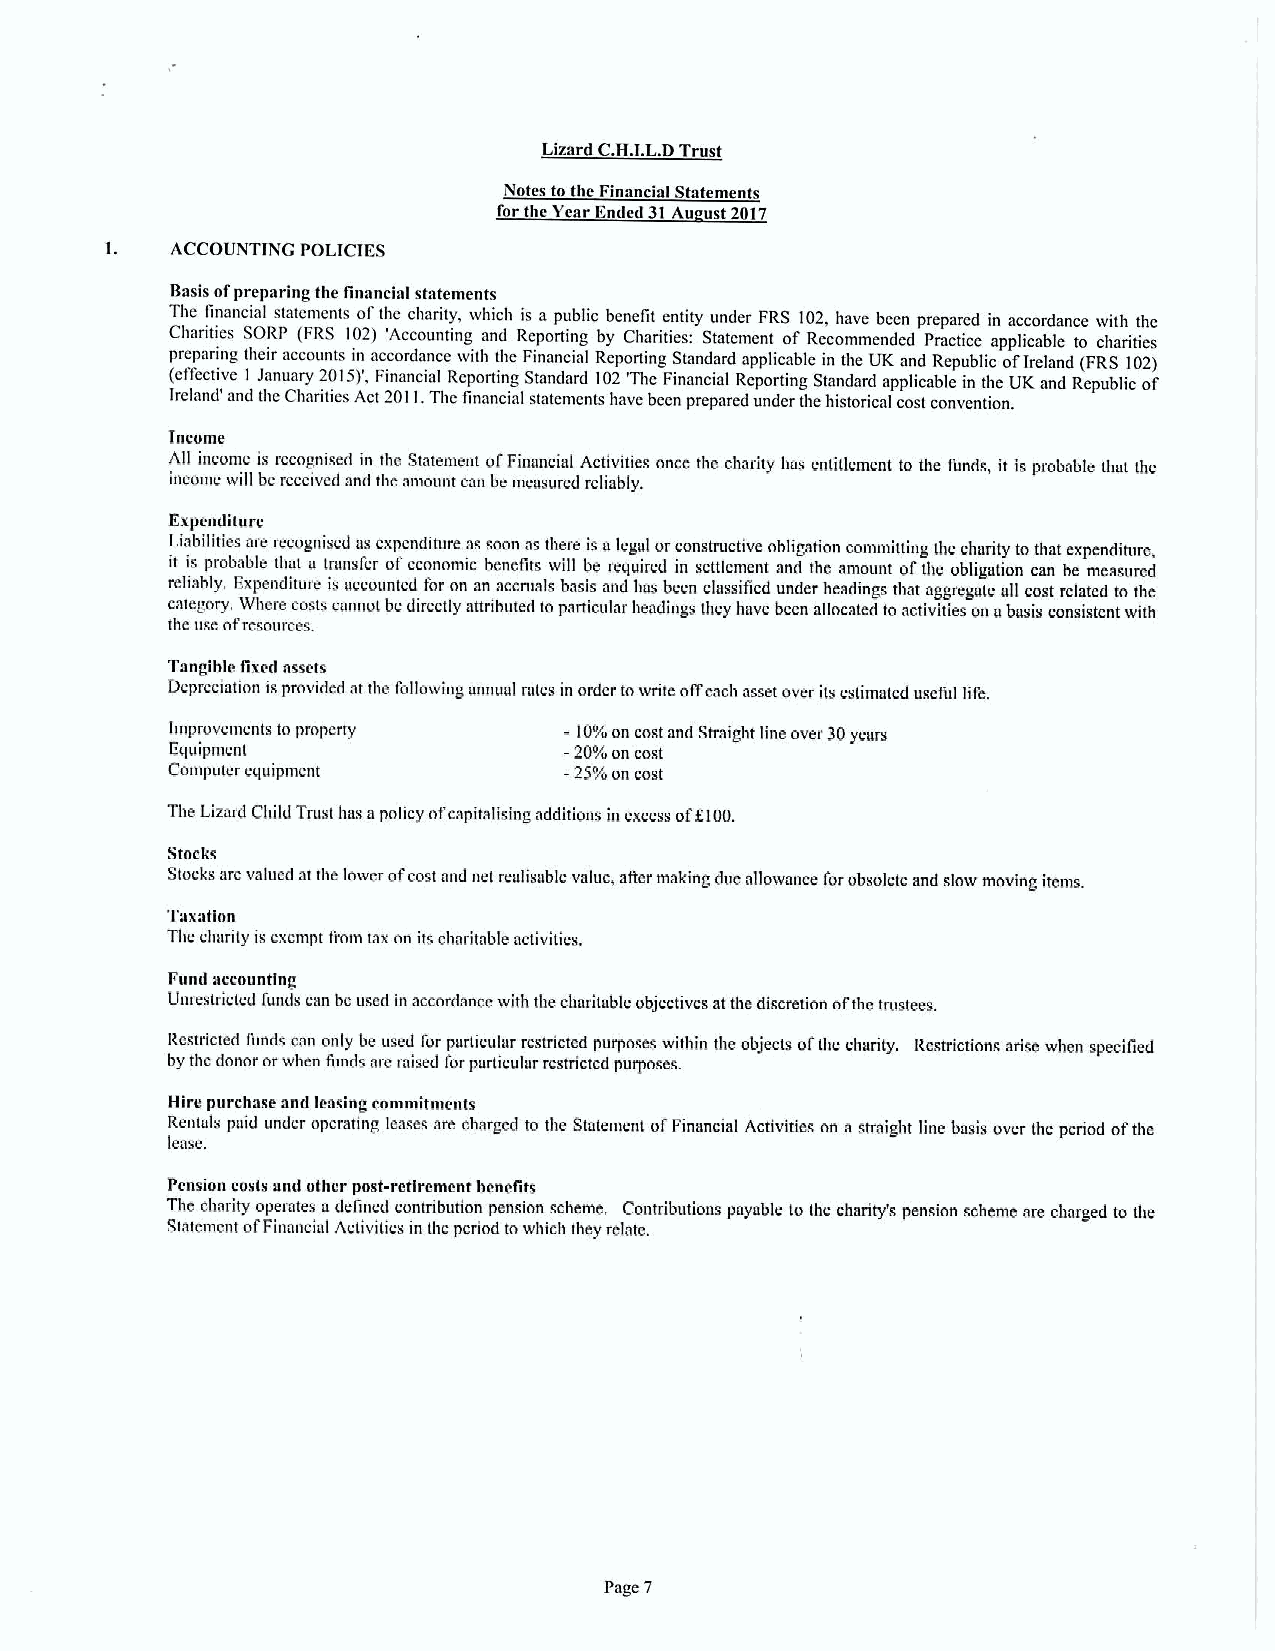
Lizard C.H.I.L.DTrust
 Notes tn the Financial Statements
 for the Year Bnded 31Au ust 2017
 ACCOUNTING POLICIES
 Basisofpreparing the financial statements
 The financial statements ofthe cliarity, which is a public benefit entity under FRS 102, have been prepared in accordance with thc
 Charities SORP (FRS 102) 'Accounting and Reporting by Charities; Statement of Recommended Practice applicable to charities
 preparing their accounts in accordance with die Financial Reporting Standard applicable in the UK and Republic ofIreland (FRS102)
 (effective 1 January 2015)', Financial Reporting Standard 102'Thc Financial Reporting Standard applicable in the UK and Republic of
 Ireland' and the Charities Act 2011.Thc financial statements have been prepared under the historical cast convention,
 Income
 All income is recognised in thc Statement ofFinancial Activities ance thc charity has entitlement to the funds, it is probable that the
 income will bereceived and thc amount can be measured reliably.
 Expenditure
 Liabilities are recognised as expenditure as soon as there is elegal orconstructive obligation committing the charity tothat expenditure,
 it is probable that a transier ofeconomic benefits will be required in settleinent and the amount ofthe obligation can be measured
 rehably. Expenditure is accounted for on an accruals basis and has been clamified under headings that aggregate all cast related to the
 category. Where costs cannot be directly attributed toparticular headings they have been allocated to activities onabasia consistent with
 tbe use ofresources.
 Tangible fixed assets
 Depreciation isprovided at the following annual rates in order towrtte oifeach asset over its estimated useful life.
 improvements to property  -10%on cost and Straight line over 30years
 L'quipmeni                -20%on cost
 Computer equipment        -25%on cost
 The Lizard Child Trust has apohcy ofcapital ising additions in excess ofgI00.
 Stocks
 Stocks are valued at the lower ofcost and net realisable value, atter making due allowance forobsolete and slow moving items.
 Taxation
 Thc charity is exeinpt from taxon its charitable activities.
 Fund accounting
 l)nrestrictcd funds can be useii inaccordance with the charitable objectives atthe discretion ofthe trustees.
 Restricted iimds can only be used for particular restricted purposes within the objects otthe chartty. Restrictions arise when specified
 bythe donor orwhen lands are mised forparticular restricted purposes.
 Hire purchase and leasing cnmmit ments
 Rentals paid under operating leases are charged to the Statement ofFmancial Activities on astraight line basis over tbe period ofthe
 lease.
 Pension costs and other post-rctircmcntbenefit&
 The charity operates adefined contribution pensioa scheme, Contributious payable to the charity's pension scherae are charged to the
 Siatemcnt ofFinancial Activities m the period towhich they relate.
 Page 7